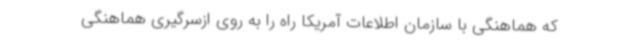
که هماهنگی با سازمان اطلاعات آمریکا راه را به روی ازسرگیری هماهنگی